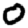
Digit: 0